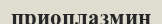
приоплазмин